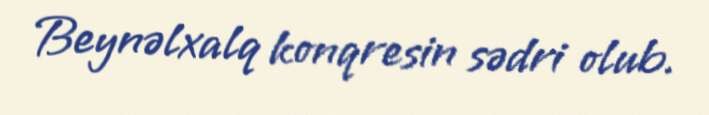
Beynəlxalq konqresin sədri olub.